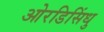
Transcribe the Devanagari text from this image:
ओरडिसिंधु